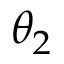
\theta _ { 2 }